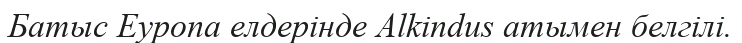
Батыс Еуропа елдерінде Alkindus атымен белгілі.